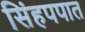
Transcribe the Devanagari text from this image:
सिंहपपात